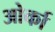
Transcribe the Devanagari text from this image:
ओर्का